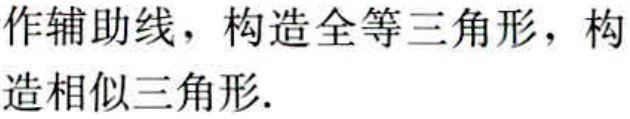
作辅助线，构造全等三角形，构造相似三角形.